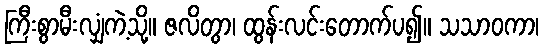
ကြီးစွာမီးလျှံကဲ့သို့။ ဇလိတွာ၊ ထွန်းလင်းတောက်ပ၍။ သသာဝကာ၊